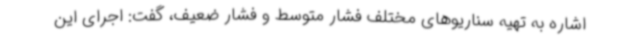
اشاره به تهیه سناریوهای مختلف فشار متوسط و فشار ضعیف، گفت: اجرای این